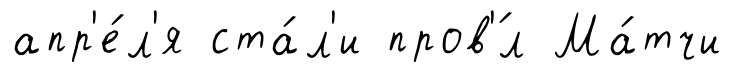
апр'е́л'я ста́л'и пров'́л Ма́тчи